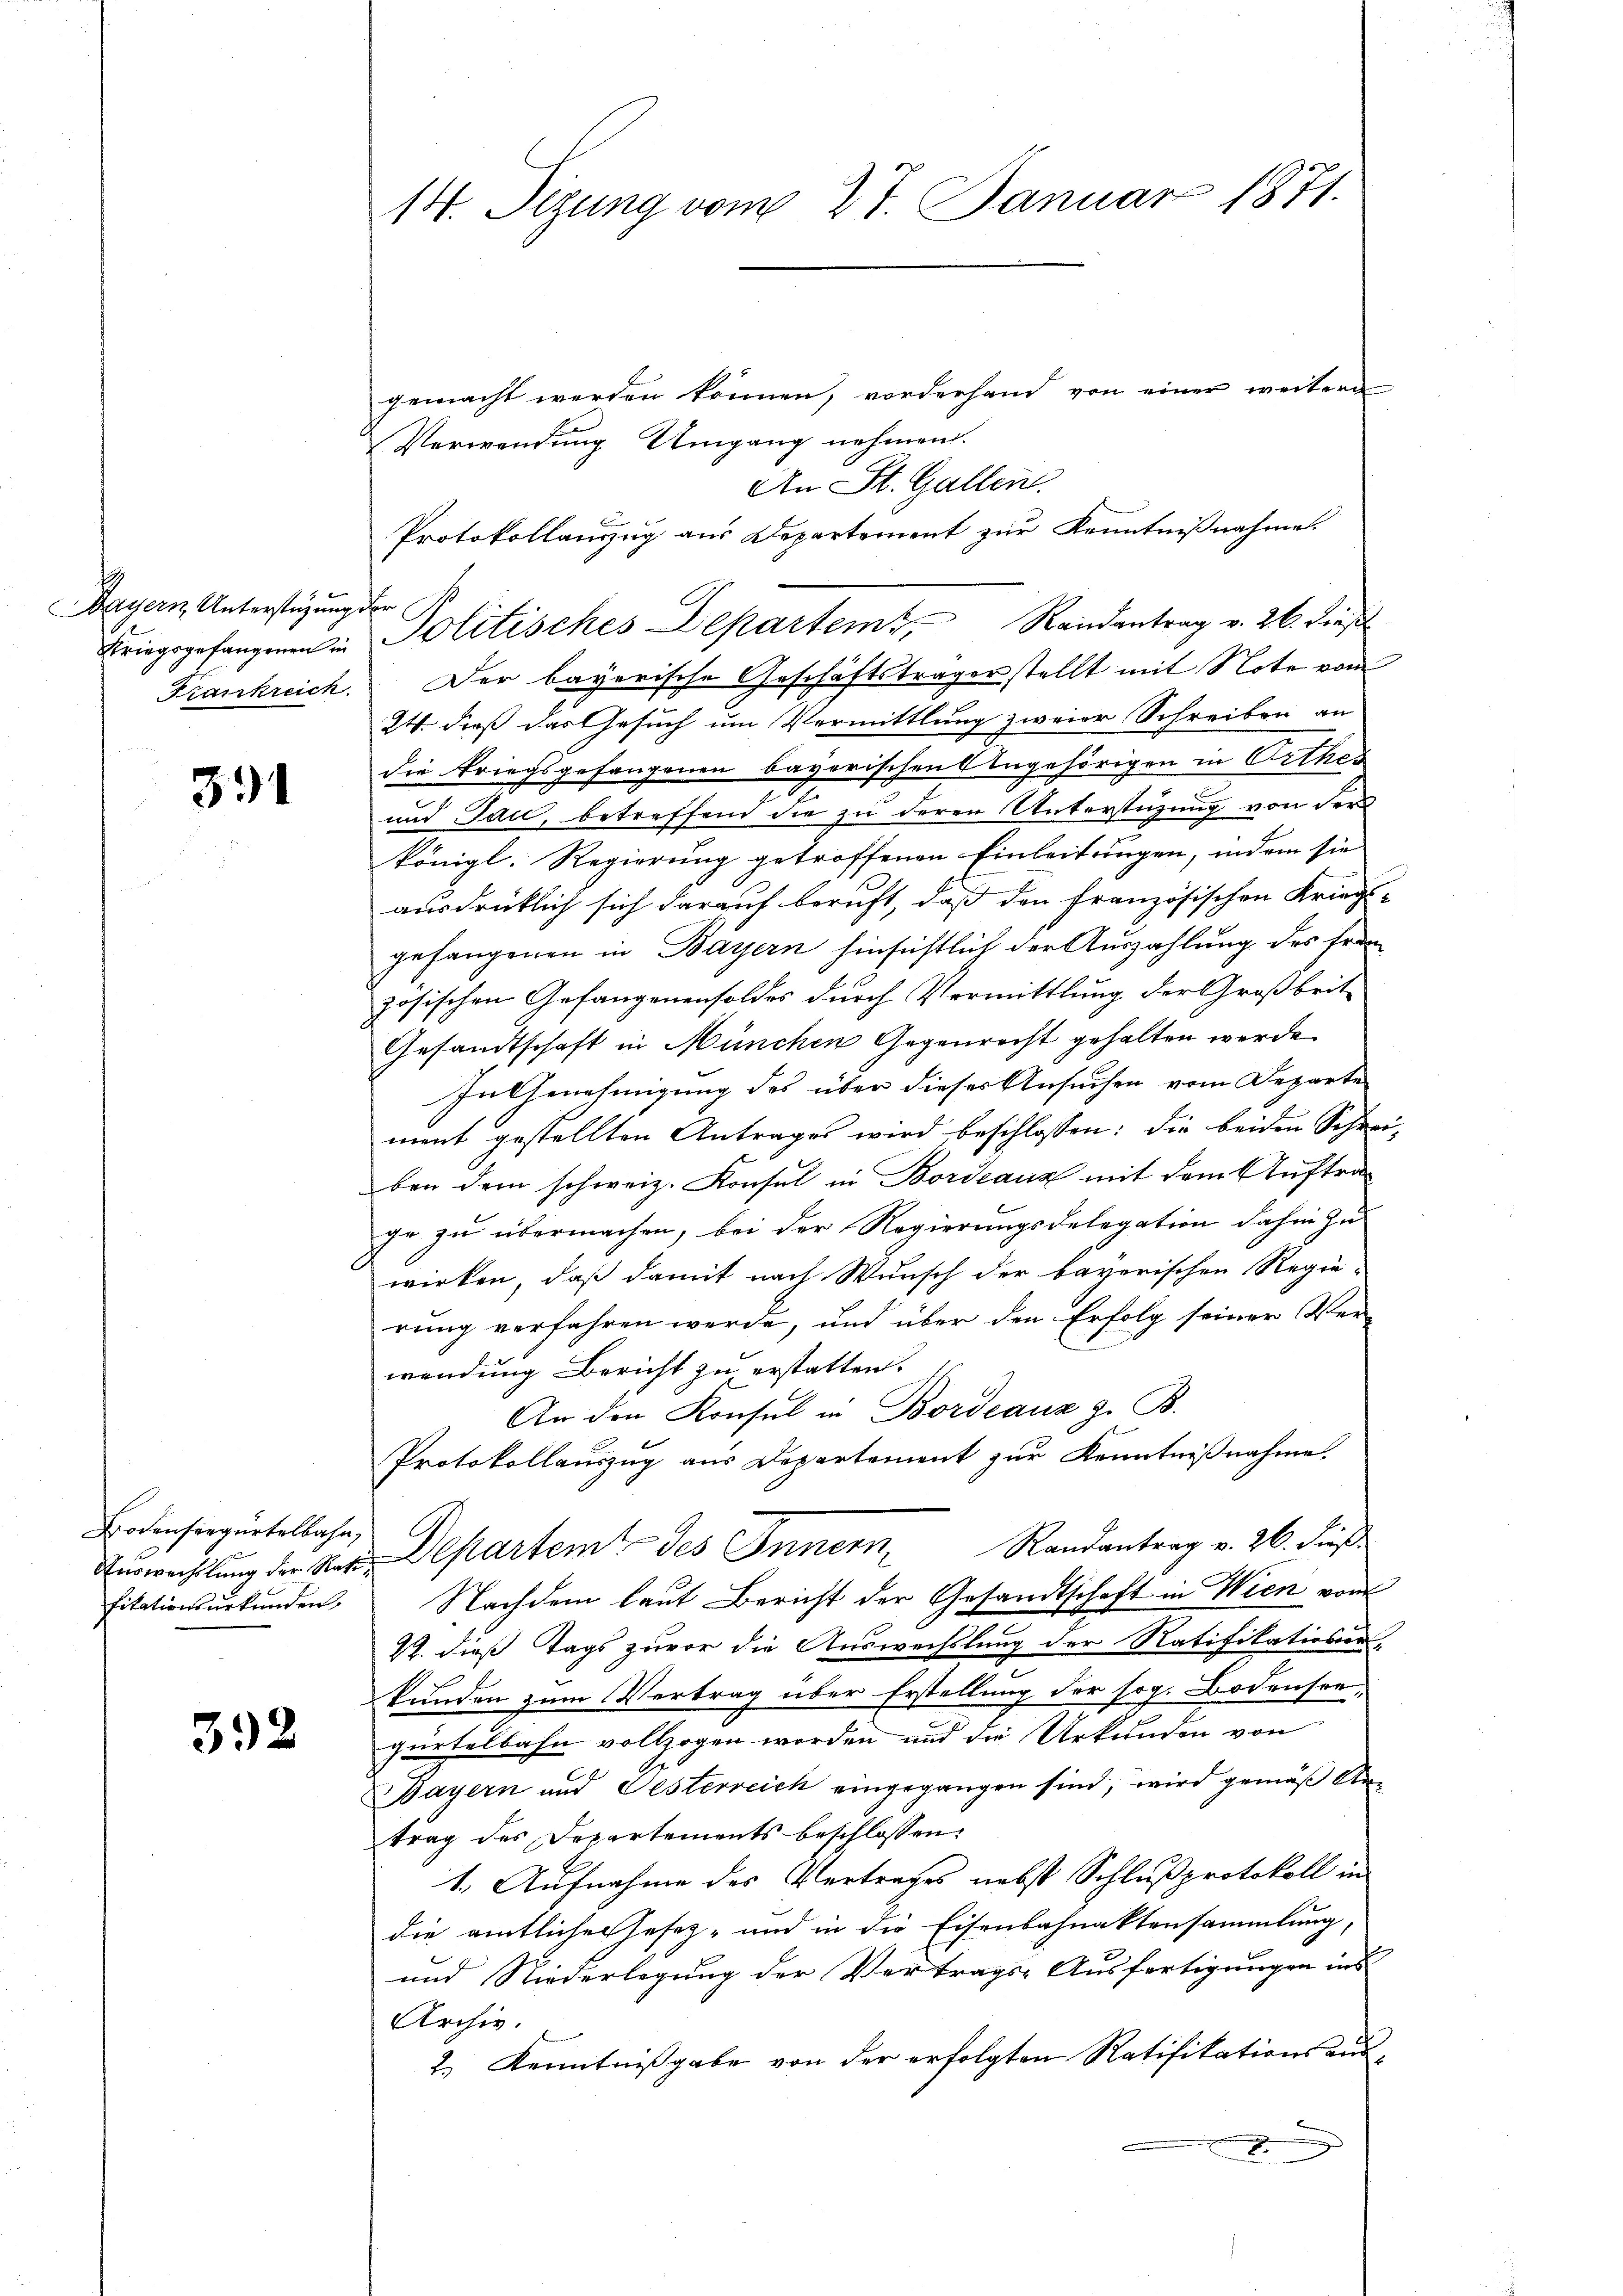
Dayern Unterstüzungs
Kriegsgefangenen in
Frankreich

391

Bodenseegertelbahn,
Auswechslung der Rath
fitationsurkunden.

392

14. Sizung vom 27. Januar 1871.

gemacht werden können, vorderhand von einer weitern
Verwendung Umgang nehmen.
An St. Gallen.
e
Protokollanzug aus Departement zur Kenntnißnahme.
e
Der bayerische Geschäftsträger stellt mit Note vom
24. daß das Gesuch um Vermittlung zweier Schreiben an
die Kriegsgefangenen bayerischen Angehörigen in Orthei
und Jau, betreffend die zu deren Unterstüzung von der
königl. Regierung getroffenen Einleitungen, indem sie
ausdrücklich sich darauf beruft, daß den französischen Kriegs-
gefangenen in Bayern hinsichtlich der Auszahlung des Fran
zösischen Gefangenensoldes durch Vermittlung der Großbrit
Gesandtschaft in München Gegenrecht gehalten werde.
In Genehmigung des über dieses Ansuchen vom Departe
ment gestellten Antrages wird beschlossen: die beiden Schrei-
ben dem schweiz. Konsul in Bordeaux mit dem Auftraihr zu übermachen, bei der Regierungsdelegation dahin zu
wirken, daß damit nach Wunsch der bayerischen Regie-
rung verfahren werde, und über den Erfolg seiner Ver-
wendung Bericht zu erstatten.
An den Konsul in Bordeauz z. B.
Protokollauszug aus Departement zur Kenntnißnahme.
Departem des Innern Randantrag v. 26. dieß
Nachdem laut Bericht der Gesandtschaft in Wien von
22. dieß Tags zuvor die Auswechslung der Ratifikationen-
kunden zum Vertrag über Erstellung der sog. Bodensee,
gürtelbahn vollzogen worden und die Urkunden von
Bayern und Gesterreich eingegangen sind, wird gemäß An
trag des Departements beschlossen:
1. Aufnahme des Vertrages nebst Schlußprotokoll in
die amtlicher Gesez- und in die Eisenbahnaktensammlung,
und Niederlegung der Vertrags-Ausfertigungen ins
Archiv.
2.) Kenntnißgabe von der erfolgten Ratifikationsausx

Politisches Departem Randantrag v. 26. dieß